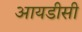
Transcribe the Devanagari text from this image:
आयडीसी